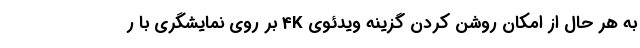
به هر حال از امکان روشن کردن گزینه ویدئوی 4K بر روی نمایشگری با ر